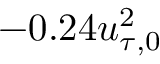
- 0 . 2 4 u _ { \tau , 0 } ^ { 2 }